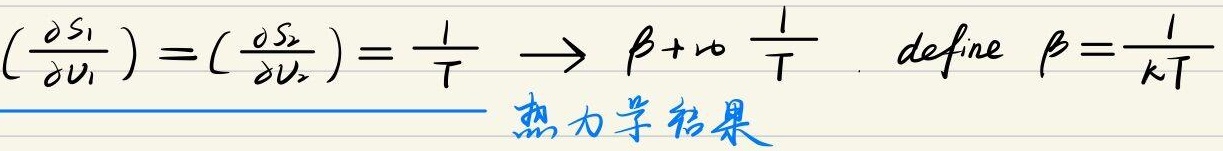
\[\left(\frac{\partial S_1}{\partial U_1}\right) = \left(\frac{\partial S_2}{\partial U_2}\right) = \frac{1}{T} \longrightarrow \beta \leftrightarrow \frac{1}{T}\]
定义 \(\beta = \frac{1}{kT}\)  热力学结果